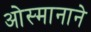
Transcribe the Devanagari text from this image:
ओस्मानाने